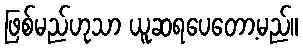
ဖြစ်မည်ဟုသာ ယူဆရပေတော့မည်။